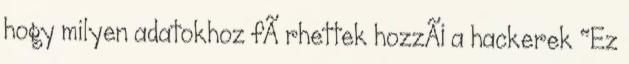
hogy milyen adatokhoz fÃ rhettek hozzÃ¡ a hackerek "Ez